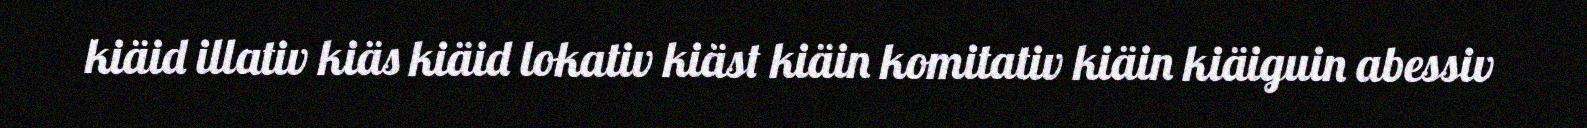
kiäid illativ kiäs kiäid lokativ kiäst kiäin komitativ kiäin kiäiguin abessiv